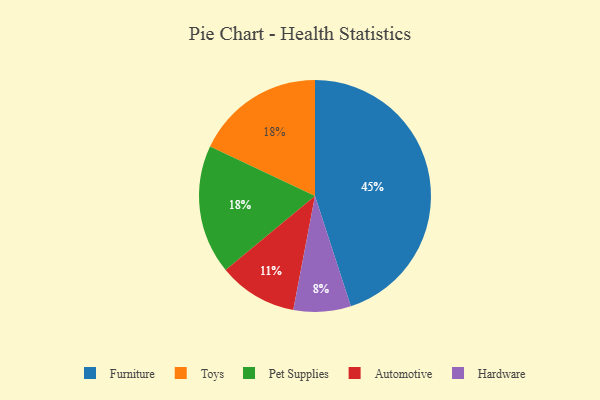
{"axis": {"x": "Category", "y": "Percentage"}, "legend": ["Automotive", "Furniture", "Hardware", "Pet Supplies", "Toys"], "data": [{"x": "Automotive", "y": 11, "type": "Automotive"}, {"x": "Furniture", "y": 45, "type": "Furniture"}, {"x": "Toys", "y": 18, "type": "Toys"}, {"x": "Pet Supplies", "y": 18, "type": "Pet Supplies"}, {"x": "Hardware", "y": 8, "type": "Hardware"}]}